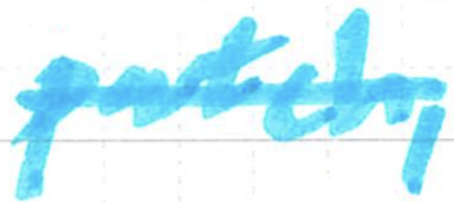
Text: patch,
Cross-out: single-line
Writing tool: marker